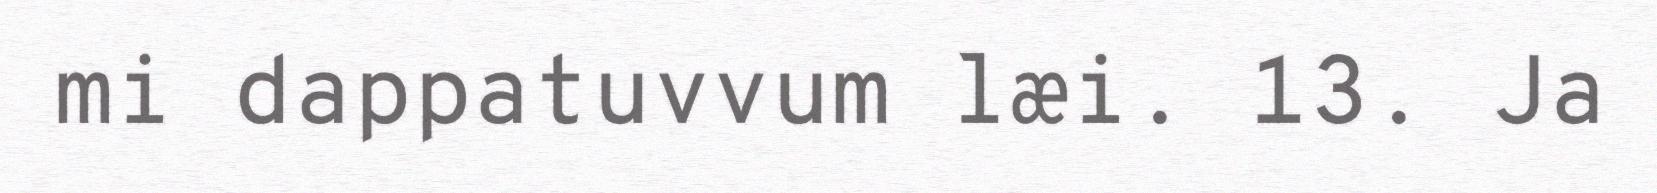
mi dappatuvvum læi. 13. Ja